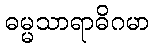
ဓမ္မသာရာဓိဂမာ